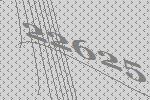
22625